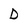
Character: D